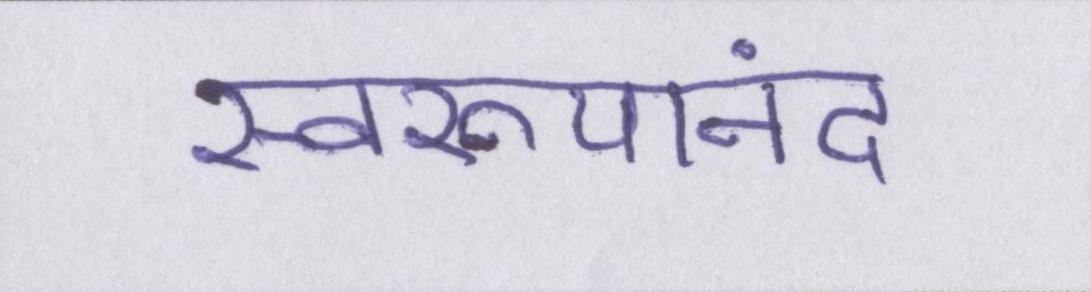
स्वरूपानंद